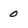
Character: 0